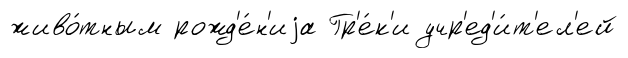
живо́тным рожд'е́н'иjа Гр'е́к'и учр'ед'и́т'ел'ей